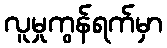
လူမှုကွန်ရက်မှာ